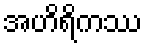
အဟိရိကဿ